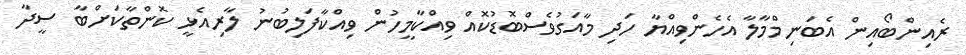
ރެއިންބޯއިން އެބަނިމްމާލާ އެހެންވިއްޔާ ހަދި މާއަގުވެސްބޮޑުކޮއް ވިއްކާމީހުން ވިއްކާފަލިބުނު ލާރިއެޅީ ކޮންތާކަށްބާ ސީދާ